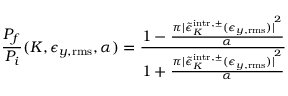
\frac { P _ { f } } { P _ { i } } ( K , \epsilon _ { y , \mathrm { r m s } } , \alpha ) = \frac { 1 - \frac { \pi { | \tilde { \epsilon } _ { K } ^ { \mathrm { i n t r } , \pm } ( \epsilon _ { y , \mathrm { r m s } } ) | } ^ { 2 } } { \alpha } } { 1 + \frac { \pi { | \tilde { \epsilon } _ { K } ^ { \mathrm { i n t r } , \pm } ( \epsilon _ { y , \mathrm { r m s } } ) | } ^ { 2 } } { \alpha } }